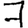
Digit: 7